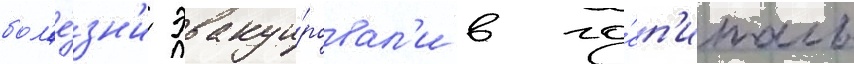
бол'е́зн'и эвакуи́ровал'и в го́сп'италь